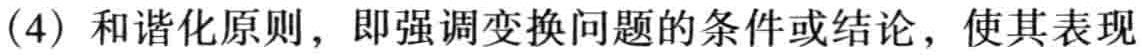
(4) 和谐化原则，即强调变换问题的条件或结论，使其表现